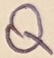
Text: Q